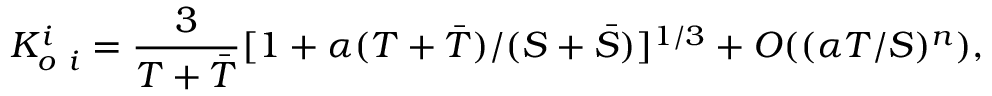
K _ { o \ i } ^ { i } = { \frac { 3 } { T + \bar { T } } } [ 1 + \alpha ( T + \bar { T } ) / ( S + \bar { S } ) ] ^ { 1 / 3 } + O ( ( \alpha T / S ) ^ { n } ) ,